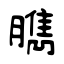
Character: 臇